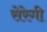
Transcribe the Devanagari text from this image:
सेरेगी